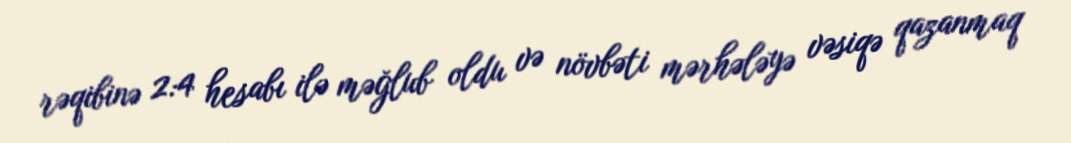
rəqibinə 2:4 hesabı ilə məğlub oldu və növbəti mərhələyə vəsiqə qazanmaq